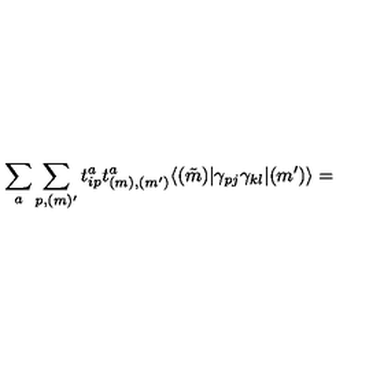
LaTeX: \sum _ { a } \sum _ { p , ( m ) ^ { \prime } } t _ { i p } ^ { a } t _ { ( m ) , ( m ^ { \prime } ) } ^ { a } \langle ( \tilde { m } ) | \gamma _ { p j } \gamma _ { k l } | ( m ^ { \prime } ) \rangle =